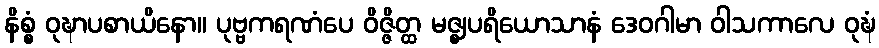
နိစ္စံ ဝုဍ္ဎာပစာယိနော။ ပုဗ္ဗကရဏံပေ ဝိဇ္ဇိတ္ထ မဇ္ဈပရိယောသာနံ ဒေဝဂါမာ ဝါသကာလေ ဝုဍ္ဎံ